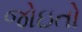
જોઇતો